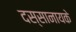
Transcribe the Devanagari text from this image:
दस्सानायके